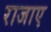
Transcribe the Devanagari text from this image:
राजाए